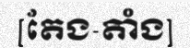
[តែង-តាំង]